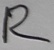
Text: R